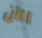
الآن